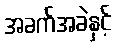
အခက်အခဲနှင့်